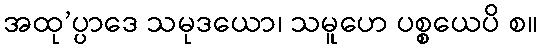
အထု’ပ္ပာဒေ သမုဒယော၊ သမူဟေ ပစ္စယေပိ စ။